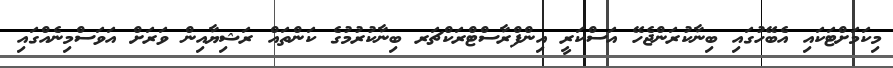
މިކަމަށްޓަކައި އެބޭހުގައި ބިނާކުރަންޖެހޭ އަސްކަރީ އިންފްރާސްޓްރަކްޗަރ ބިނާކުރުމުގެ ކަންތައް ރަޝިޔާއިން ވަރަށް އަވަސްމިނެއްގައި